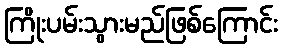
ကြိုးပမ်းသွားမည်ဖြစ်ကြောင်း